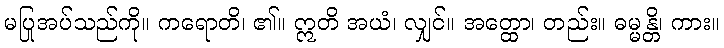
မပြုအပ်သည်ကို။ ကရောတိ၊ ၏။ ဣတိ အယံ၊ လျှင်။ အတ္ထော၊ တည်း။ ဓမ္မန္တိ၊ ကား။